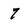
Character: 7